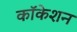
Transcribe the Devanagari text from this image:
कॉकेशन